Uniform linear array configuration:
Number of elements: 24
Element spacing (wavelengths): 0.75
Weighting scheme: blackman
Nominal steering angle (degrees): -15
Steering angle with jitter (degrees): -16.817
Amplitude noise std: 0.05
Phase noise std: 0.05

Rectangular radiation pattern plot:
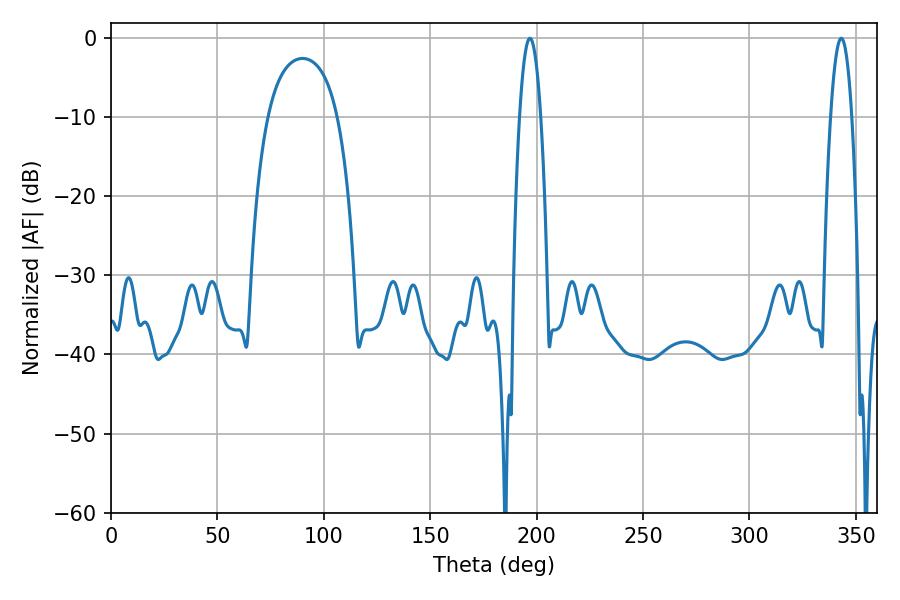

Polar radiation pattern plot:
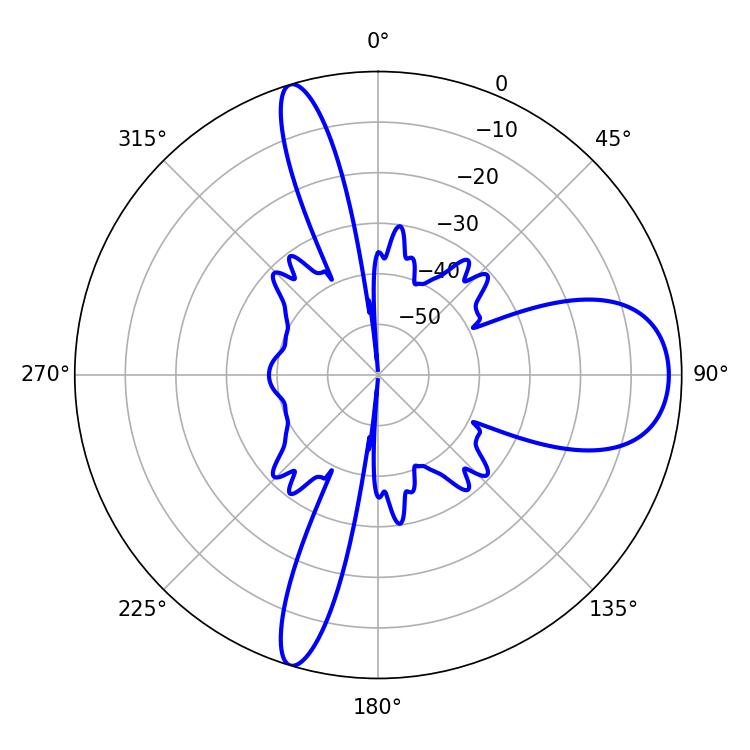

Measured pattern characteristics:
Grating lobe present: TRUE
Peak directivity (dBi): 10.953
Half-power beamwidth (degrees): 5.4
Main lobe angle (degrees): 196.92